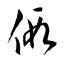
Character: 假